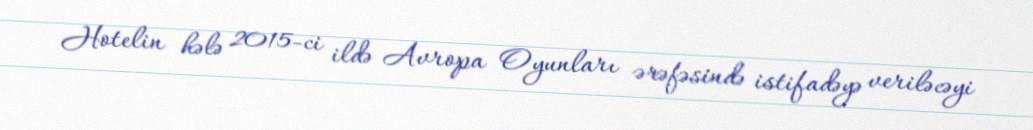
Hotelin hələ 2015-ci ildə Avropa Oyunları ərəfəsində istifadəyə veriləcəyi